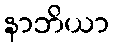
နာဘိယာ